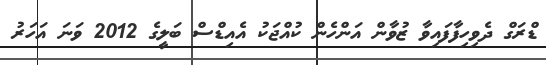
ޑްރަގް ދެވިހިފާފައިވާ ޒުވާން އަންހެން ކުއްޖަކު އެއިޑްސް ބަލީގެ 2012 ވަނަ އަހަރު